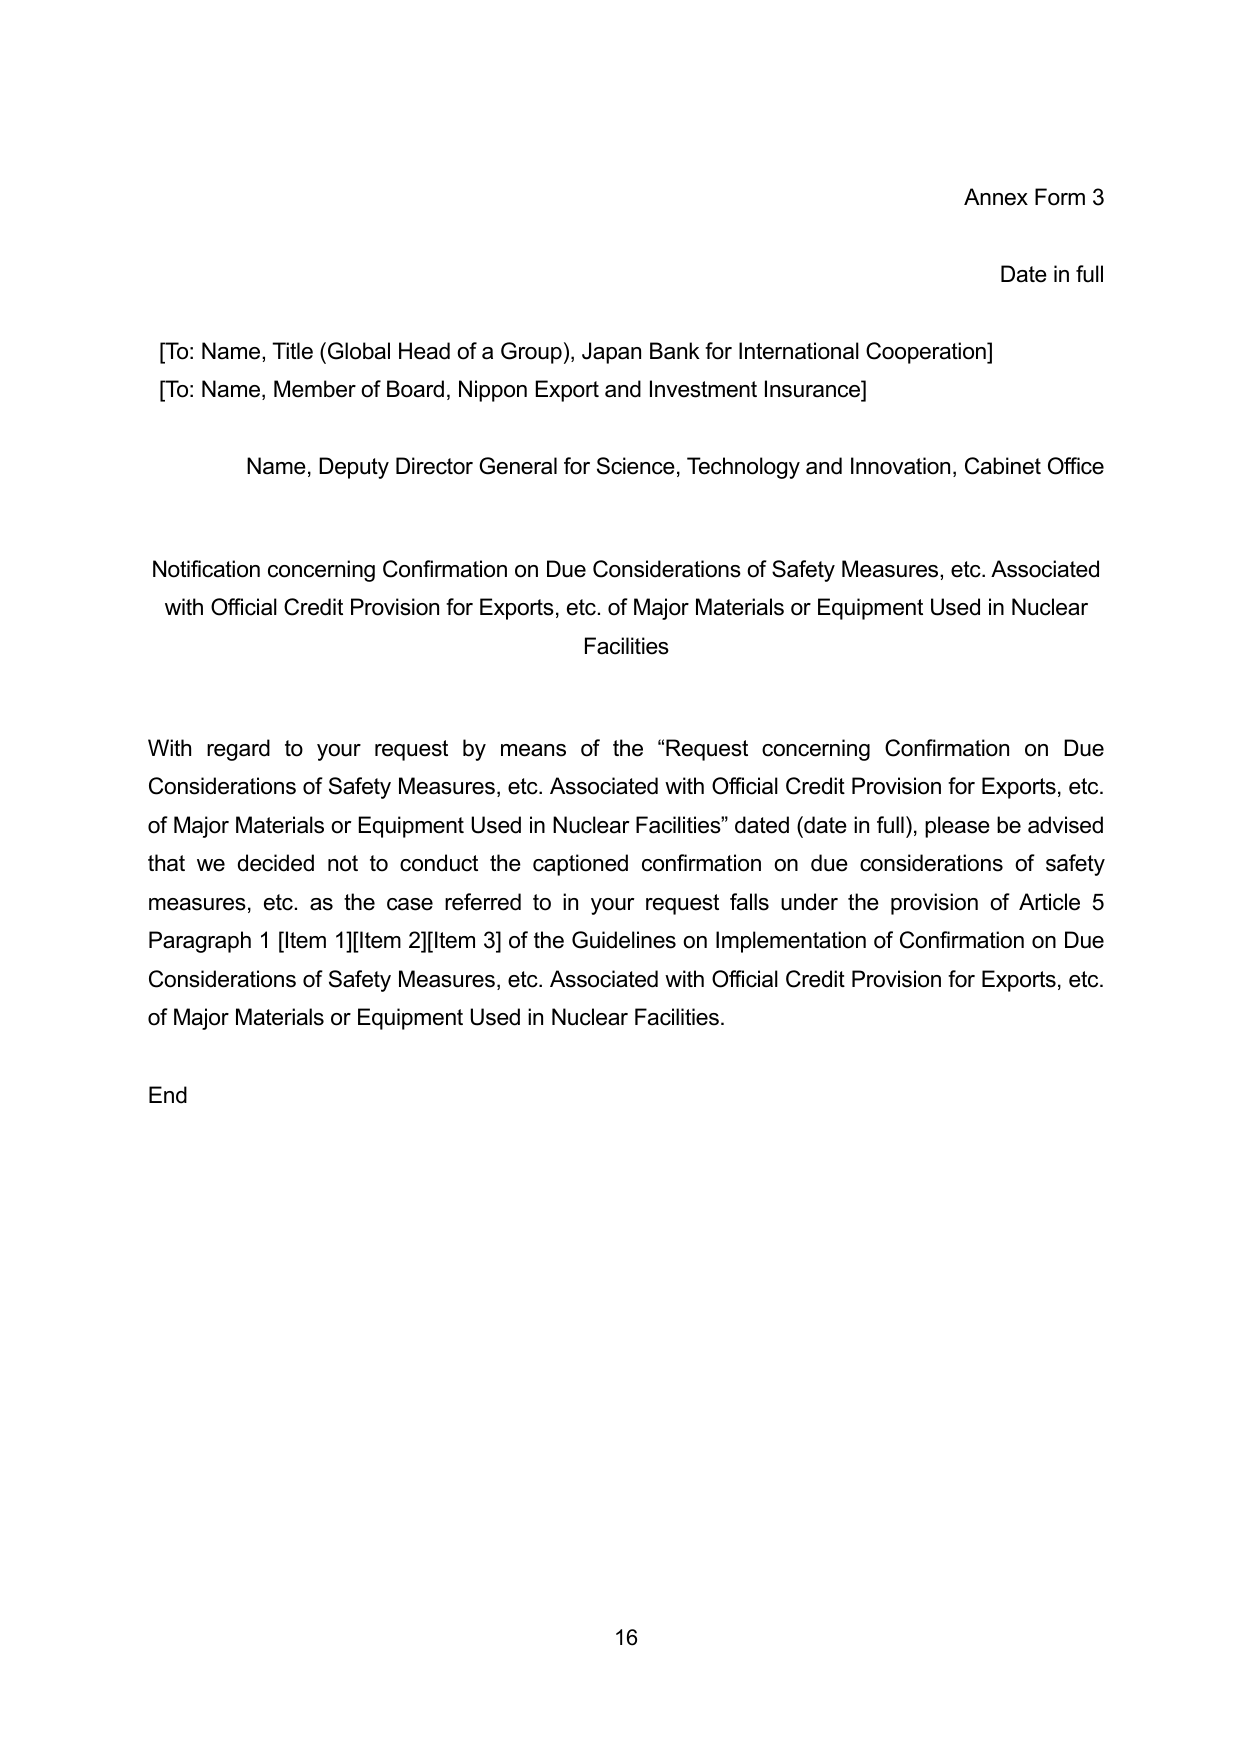
Annex Form 3

Date in full

[To: Name, Title (Global Head of a Group), Japan Bank for International Cooperation]
[To: Name, Member of Board, Nippon Export and Investment Insurance]

Name, Deputy Director General for Science, Technology and Innovation, Cabinet Office

Notification concerning Confirmation on Due Considerations of Safety Measures, etc. Associated with Official Credit Provision for Exports, etc. of Major Materials or Equipment Used in Nuclear Facilities

With regard to your request by means of the “Request concerning Confirmation on Due Considerations of Safety Measures, etc. Associated with Official Credit Provision for Exports, etc. of Major Materials or Equipment Used in Nuclear Facilities” dated (date in full), please be advised that we decided not to conduct the captioned confirmation on due considerations of safety measures, etc. as the case referred to in your request falls under the provision of Article 5 Paragraph 1 [Item 1][Item 2][Item 3] of the Guidelines on Implementation of Confirmation on Due Considerations of Safety Measures, etc. Associated with Official Credit Provision for Exports, etc. of Major Materials or Equipment Used in Nuclear Facilities.

End

16